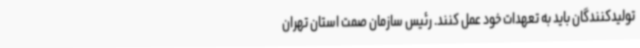
تولیدکنندگان باید به تعهدات خود عمل کنند. رئیس سازمان صمت استان تهران